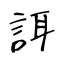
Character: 誀